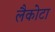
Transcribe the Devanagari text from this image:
लैकोटा